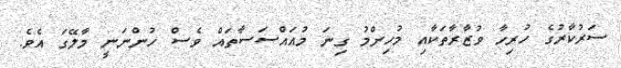
ސަރުކާރުގެ ހުރިހާ ވުޒާރާތަކާއި މުހިންމު ގިނަ މުއައްސަސާތައް ވެސް ހުންނަނީ މާލޭގަ އެވެ.